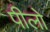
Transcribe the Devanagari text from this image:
पीलो